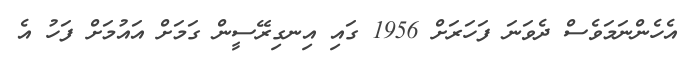
އެހެންނަމަވެސް ދެވަނަ ފަހަރަށް 1956 ގައި އިނގިރޭސީން ގަމަށް އައުމަށް ފަހު އެ